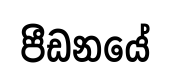
පීඩනයේ